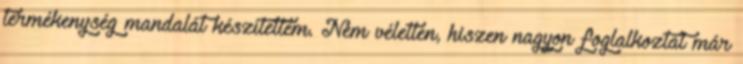
termékenység mandalát készítettem. Nem véletlen, hiszen nagyon foglalkoztat már